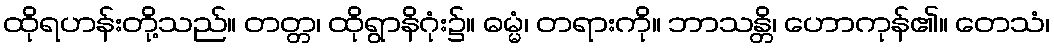
ထိုရဟန်းတို့သည်။ တတ္တ၊ ထိုရွာနိဂုံး၌။ ဓမ္မံ၊ တရားကို။ ဘာသန္တိ၊ ဟောကုန်၏။ တေသံ၊